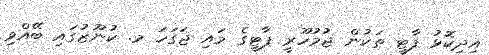
އިދިކޮޅު ފާޓީ ތަކުން ޖުމުހޫރީ ޕާޓީގެ މައި ޖަގަހަ މ. ކުނޫޒުގައި ބޭއްވި